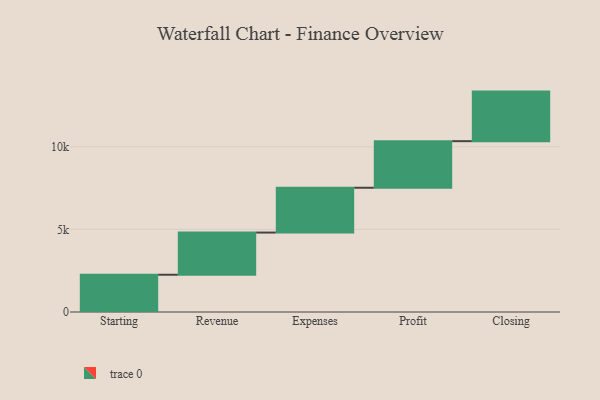
{"axis": {"x": "Step", "y": "Value"}, "legend": [""], "data": [{"x": "Starting", "y": 2255.0, "type": ""}, {"x": "Revenue", "y": 2553.0, "type": ""}, {"x": "Expenses", "y": 2712.0, "type": ""}, {"x": "Profit", "y": 2819.0, "type": ""}, {"x": "Closing", "y": 3000, "type": ""}]}